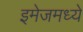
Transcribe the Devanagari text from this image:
इमेजमध्ये